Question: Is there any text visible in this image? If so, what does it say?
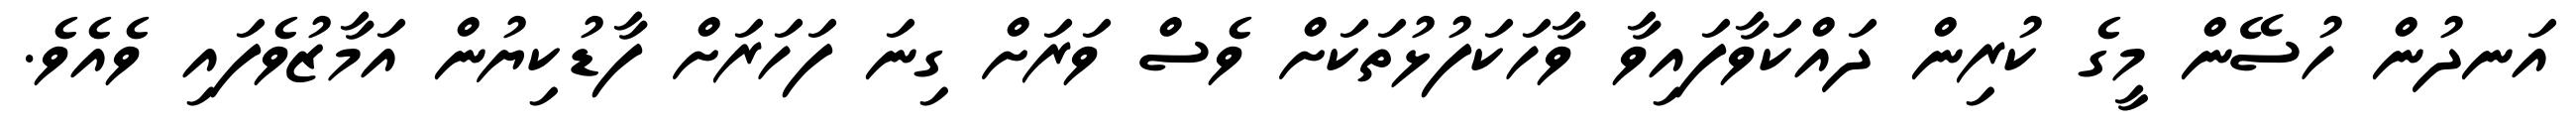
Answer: އަނދުން ހުސޭން މީގެ ކުރިން ދައްކަވާފައިވާ ވާހަކަފުޅުތަކަށް ވެސް ވަރަށް ގިނަ ފަހަރަށް ފާޑުކިޔުން އަމާޒުވެފައި ވެއެވެ.